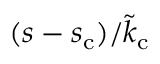
( s - s _ { \mathrm { c } } ) / \tilde { k } _ { \mathrm { c } }